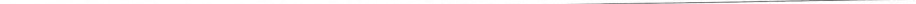
___